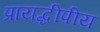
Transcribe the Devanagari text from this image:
प्रायद्धीपीय